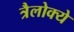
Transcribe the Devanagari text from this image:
त्रैलोक्ये